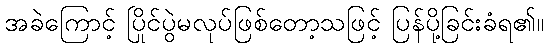
အခဲကြောင့် ပြိုင်ပွဲမလုပ်ဖြစ်တော့သဖြင့် ပြန်ပို့ခြင်းခံရ၏။